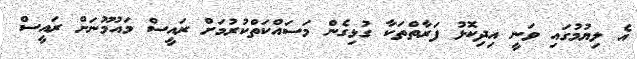
އެ ލިޔުމުގައި ވަނީ އިދިކޮޅު ފަރާތްތަކާ ގުޅިގެން މަސައްކަތްކުރުމަށް ރައީސް މައުމޫނަށް ރައީސް